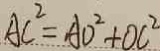
A C ^ { 2 } = A D ^ { 2 } + O C ^ { 2 }